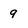
Character: 9